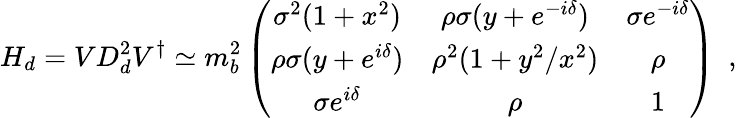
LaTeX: H_{d}=VD_{d}^{2}V^{\dagger}\simeq m_{b}^{2}\left(\begin{array}{ccc}{{\sigma^{2}(1+x^{2})}}&{{\rho\sigma(y+e^{-i\delta})}}&{{\sigma e^{-i\delta}}}\\ {{\rho\sigma(y+e^{i\delta})}}&{{\rho^{2}(1+y^{2}/x^{2})}}&{{\rho}}\\ {{\sigma e^{i\delta}}}&{{\rho}}&{{1}}\end{array}\right)\ \ ,